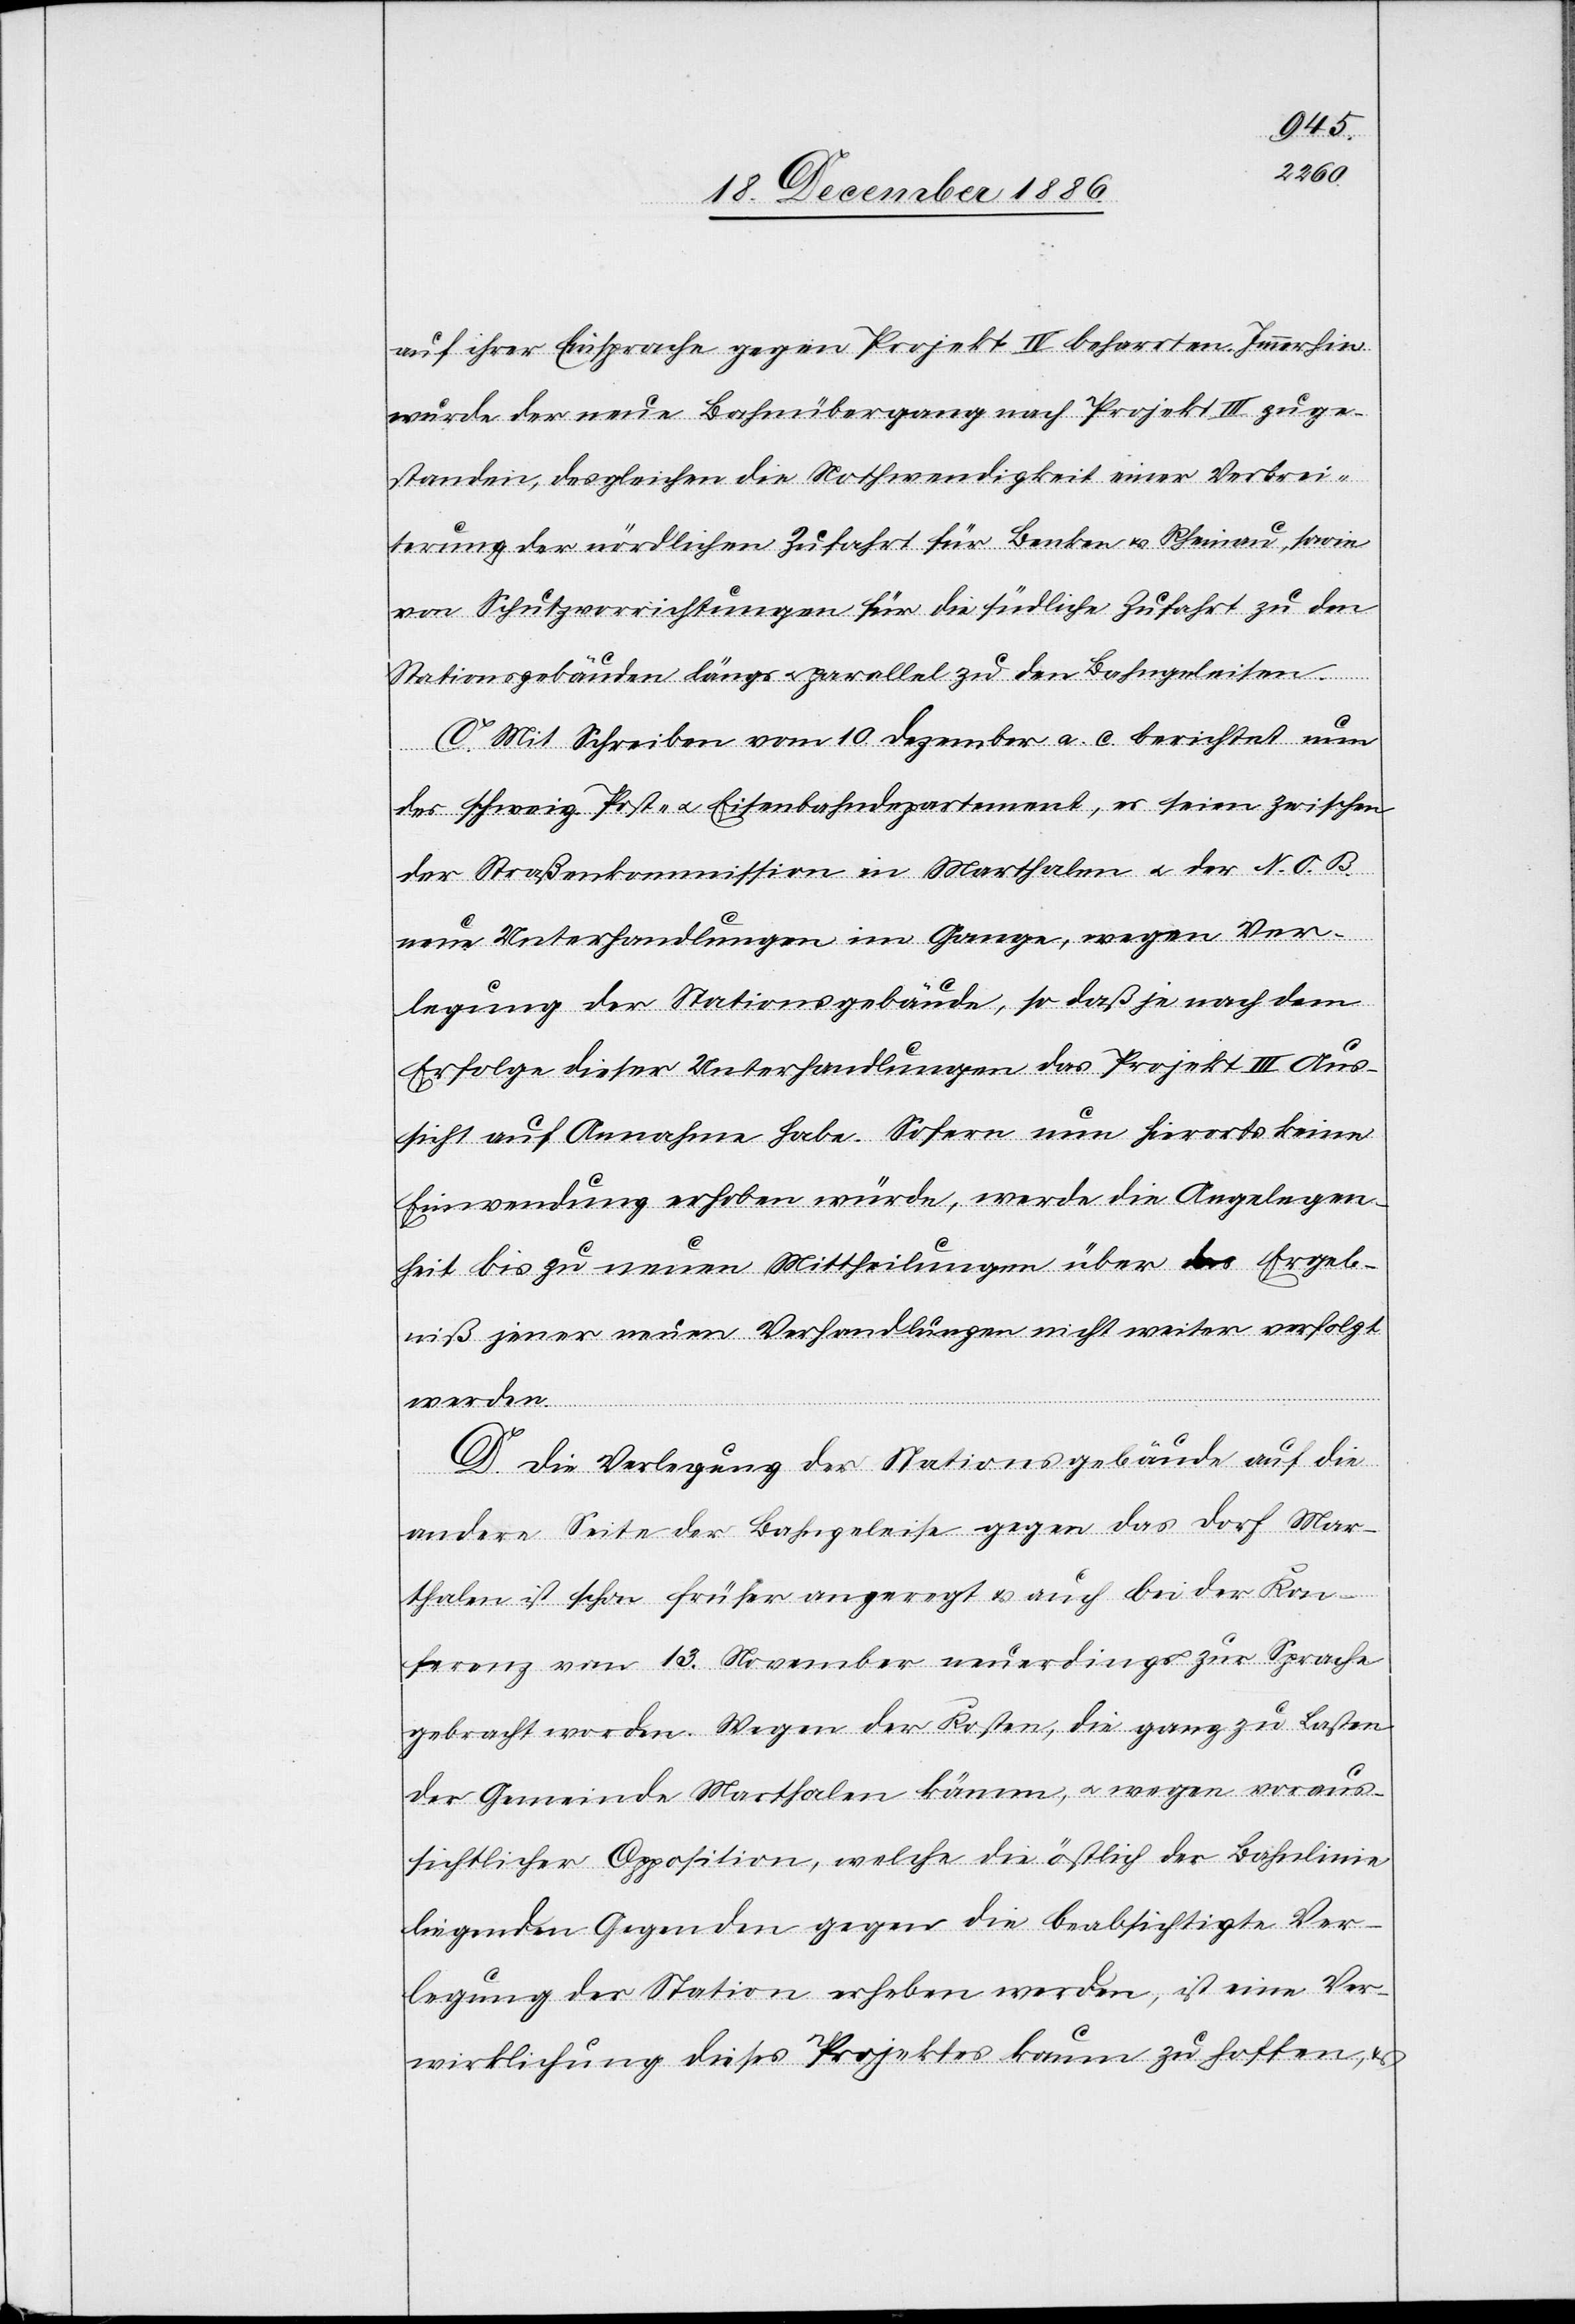
auf ihrer Einsprache gegen Projekt IV beharrten. Immerhin
wurde der neue Bahnübergang nach Projekt III zuge¬
standen, desgleichen die Nothwendigkeit einer Verbrei¬
terung der nördlichen Zufahrt für Benken & Rheinau, sowie
von Schutzvorrichtungen für die südliche Zufahrt zu den
Stationsgebäuden längs & parallel zu den Bahngeleisen.
C. Mit Schreiben vom 10. Dezember a. c. berichtet nun
des schweiz. Post- & Eisenbahndepartement, es seien zwischen
der Straßenkommission in Marthalen & der N. O. B.
neue Unterhandlungen im Gange, wegen Ver¬
legung der Stationsgebäude, so daß je nach dem
Erfolge dieser Unterhandlungen das Projekt III Aus¬
sicht auf Annahme habe. Sofern nun hierorts keine
Einwendung erhoben würde, werde die Angelegen¬
heit bis zu neuen Mittheilungen über das Ergeb¬
niß jener neuen Verhandlungen nicht weiter verfolgt
werden.
D. Die Verlegung der Stationsgebäude auf die
andere Seite der Bahngeleise gegen das Dorf Mar¬
thalen ist schon früher angeregt & auch bei der Kon¬
ferenz vom 13. November neuerdings zur Sprache
gebracht worden. Wegen der Kosten, die ganz zu Lasten
der Gemeinde Marthalen kämen, & wegen voraus¬
sichtlicher Opposition, welche die östlich der Bahnlinie
liegenden Gegenden gegen die beabsichtigte Ver¬
legung der Station erheben werden, ist eine Ver¬
wirklichung dieses Projektes kaum zu hoffen, &